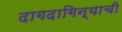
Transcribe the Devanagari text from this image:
दागदागिन्याची